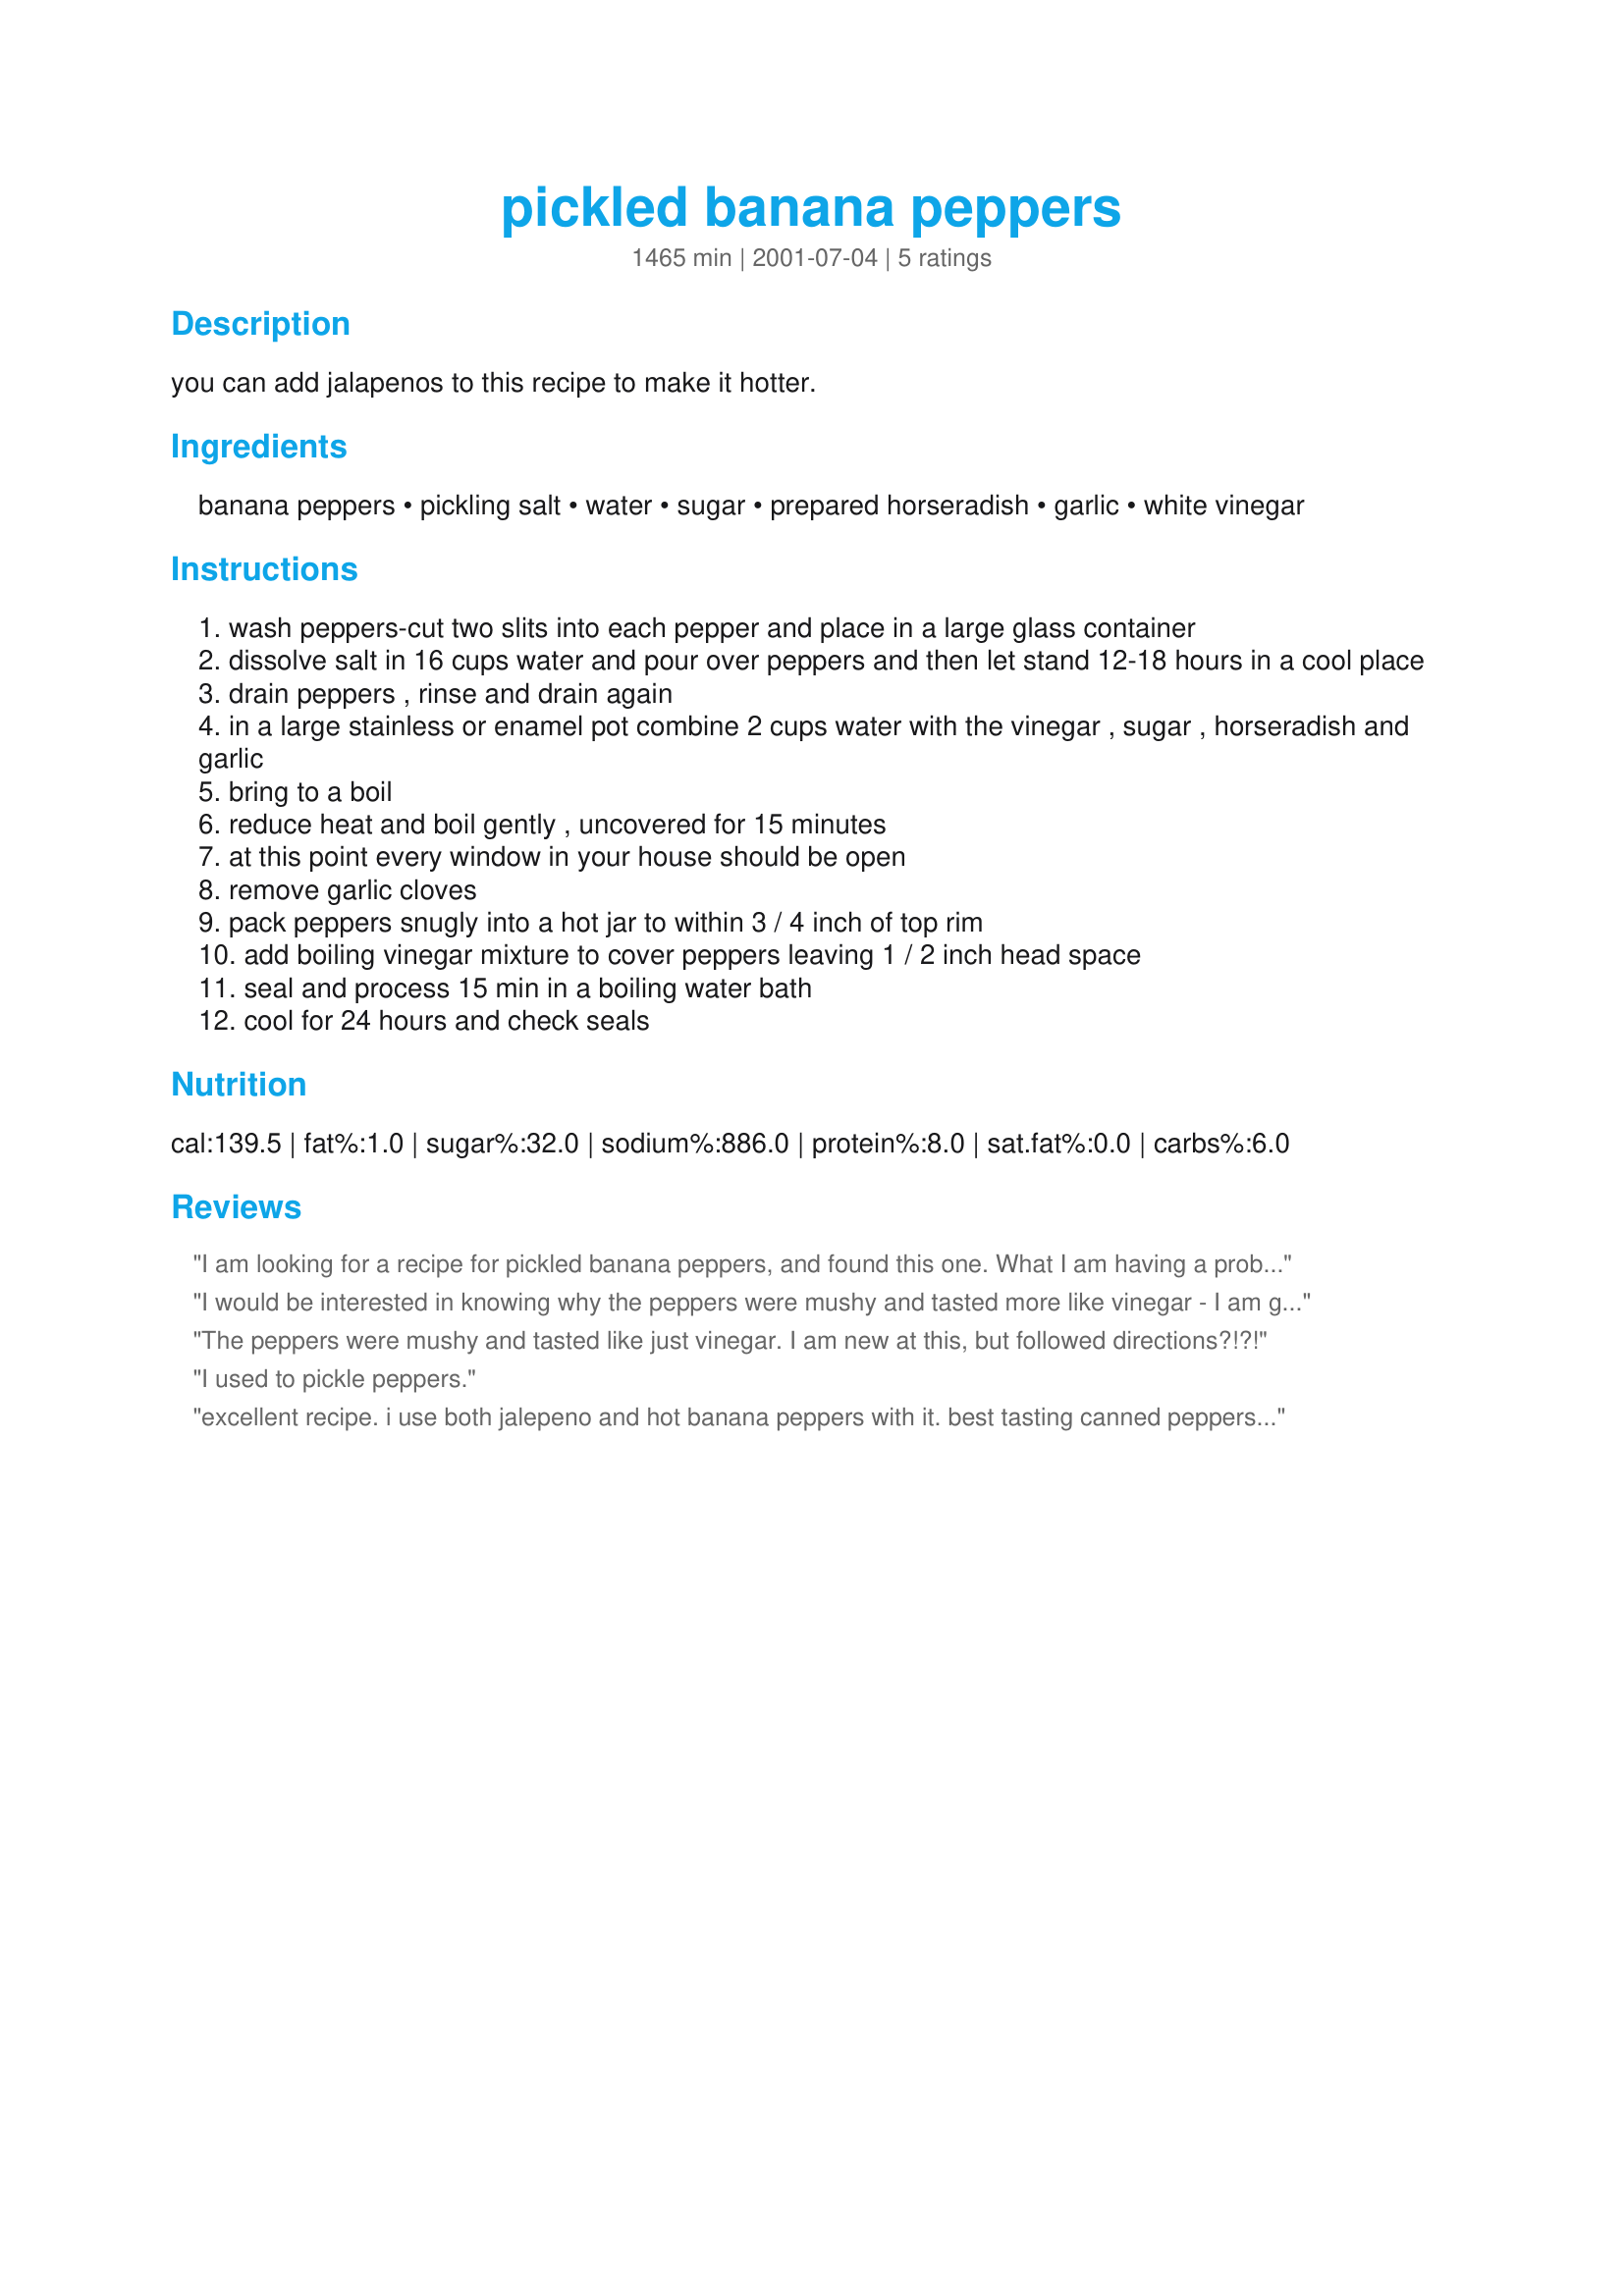
pickled banana peppers
Preparation time: 1465 minutes

you can add jalapenos to this recipe to make it hotter.

Ingredients:
banana peppers, pickling salt, water, sugar, prepared horseradish, garlic, white vinegar

Steps:
wash peppers-cut two slits into each pepper and place in a large glass container
dissolve salt in 16 cups water and pour over peppers and then let stand 12-18 hours in a cool place
drain peppers , rinse and drain again
in a large stainless or enamel pot combine 2 cups water with the vinegar , sugar , horseradish and garlic
bring to a boil
reduce heat and boil gently , uncovered for 15 minutes
at this point every window in your house should be open
remove garlic cloves
pack peppers snugly into a hot jar to within 3 / 4 inch of top rim
add boiling vinegar mixture to cover peppers leaving 1 / 2 inch head space
seal and process 15 min in a boiling water bath
cool for 24 hours and check seals

Reviews:
I am looking for a recipe for pickled banana peppers, and found this one. What I am having a problem with is the horseradish that this recipe calls for. I have never heard of horseradish in a pickleing recipe. I haven't made this recipe yet and I think I will pass this one up and find another one. But Thank you just the same.
I would be interested in knowing why the peppers were mushy and tasted more like vinegar - I am getting ready to pickle banana peppers - thank you.
The peppers were mushy and tasted like just vinegar. I am new at this, but followed directions?!?!
I used to pickle peppers.
excellent recipe. i use both jalepeno and hot banana peppers with it. best tasting canned peppers i have ever had.
